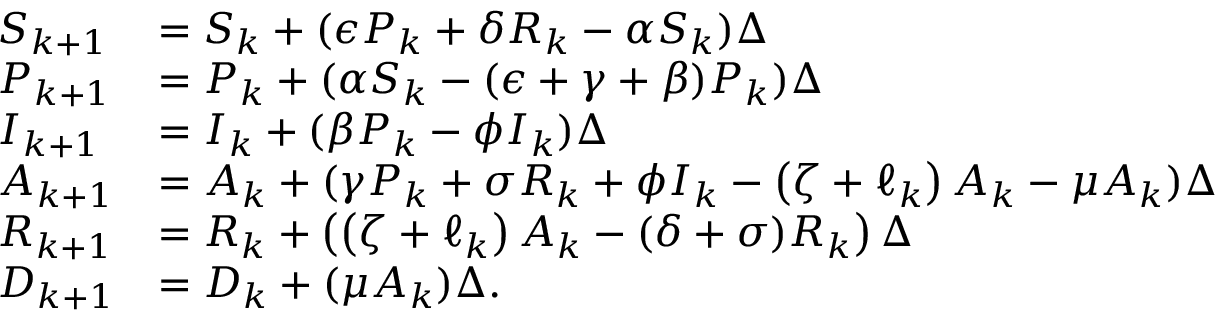
\begin{array} { l l } { S _ { k + 1 } } & { = S _ { k } + ( \epsilon P _ { k } + \delta R _ { k } - \alpha S _ { k } ) \Delta } \\ { P _ { k + 1 } } & { = P _ { k } + ( \alpha S _ { k } - ( \epsilon + \gamma + \beta ) P _ { k } ) \Delta } \\ { I _ { k + 1 } } & { = I _ { k } + ( \beta P _ { k } - \phi I _ { k } ) \Delta } \\ { A _ { k + 1 } } & { = A _ { k } + ( \gamma P _ { k } + \sigma R _ { k } + \phi I _ { k } - \left( \zeta + \ell _ { k } \right) A _ { k } - \mu A _ { k } ) \Delta } \\ { R _ { k + 1 } } & { = R _ { k } + \left( \left( \zeta + \ell _ { k } \right) A _ { k } - ( \delta + \sigma ) R _ { k } \right) \Delta } \\ { D _ { k + 1 } } & { = D _ { k } + ( \mu A _ { k } ) \Delta . } \end{array}